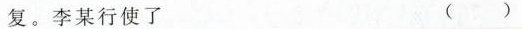
复。李某行使了 ( )